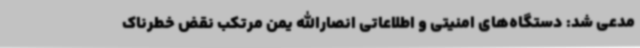
مدعی شد: دستگاه‌های امنیتی و اطلاعاتی انصارالله یمن مرتکب نقض خطرناک